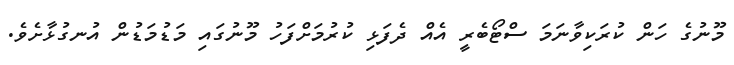
މޫނުގެ ހަން ކުރަކިވާނަމަ ސްޓޯބެރީ އެއް ދެފަޅި ކުރުމަށްފަހު މޫނުގައި މަޑުމަޑުން އުނގުޅާށެވެ.